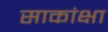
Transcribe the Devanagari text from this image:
साकांक्षा